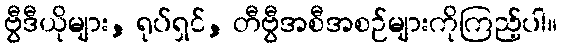
ဗွီဒီယိုများ, ရုပ်ရှင်, တီဗွီအစီအစဉ်များကိုကြည့်ပါ။